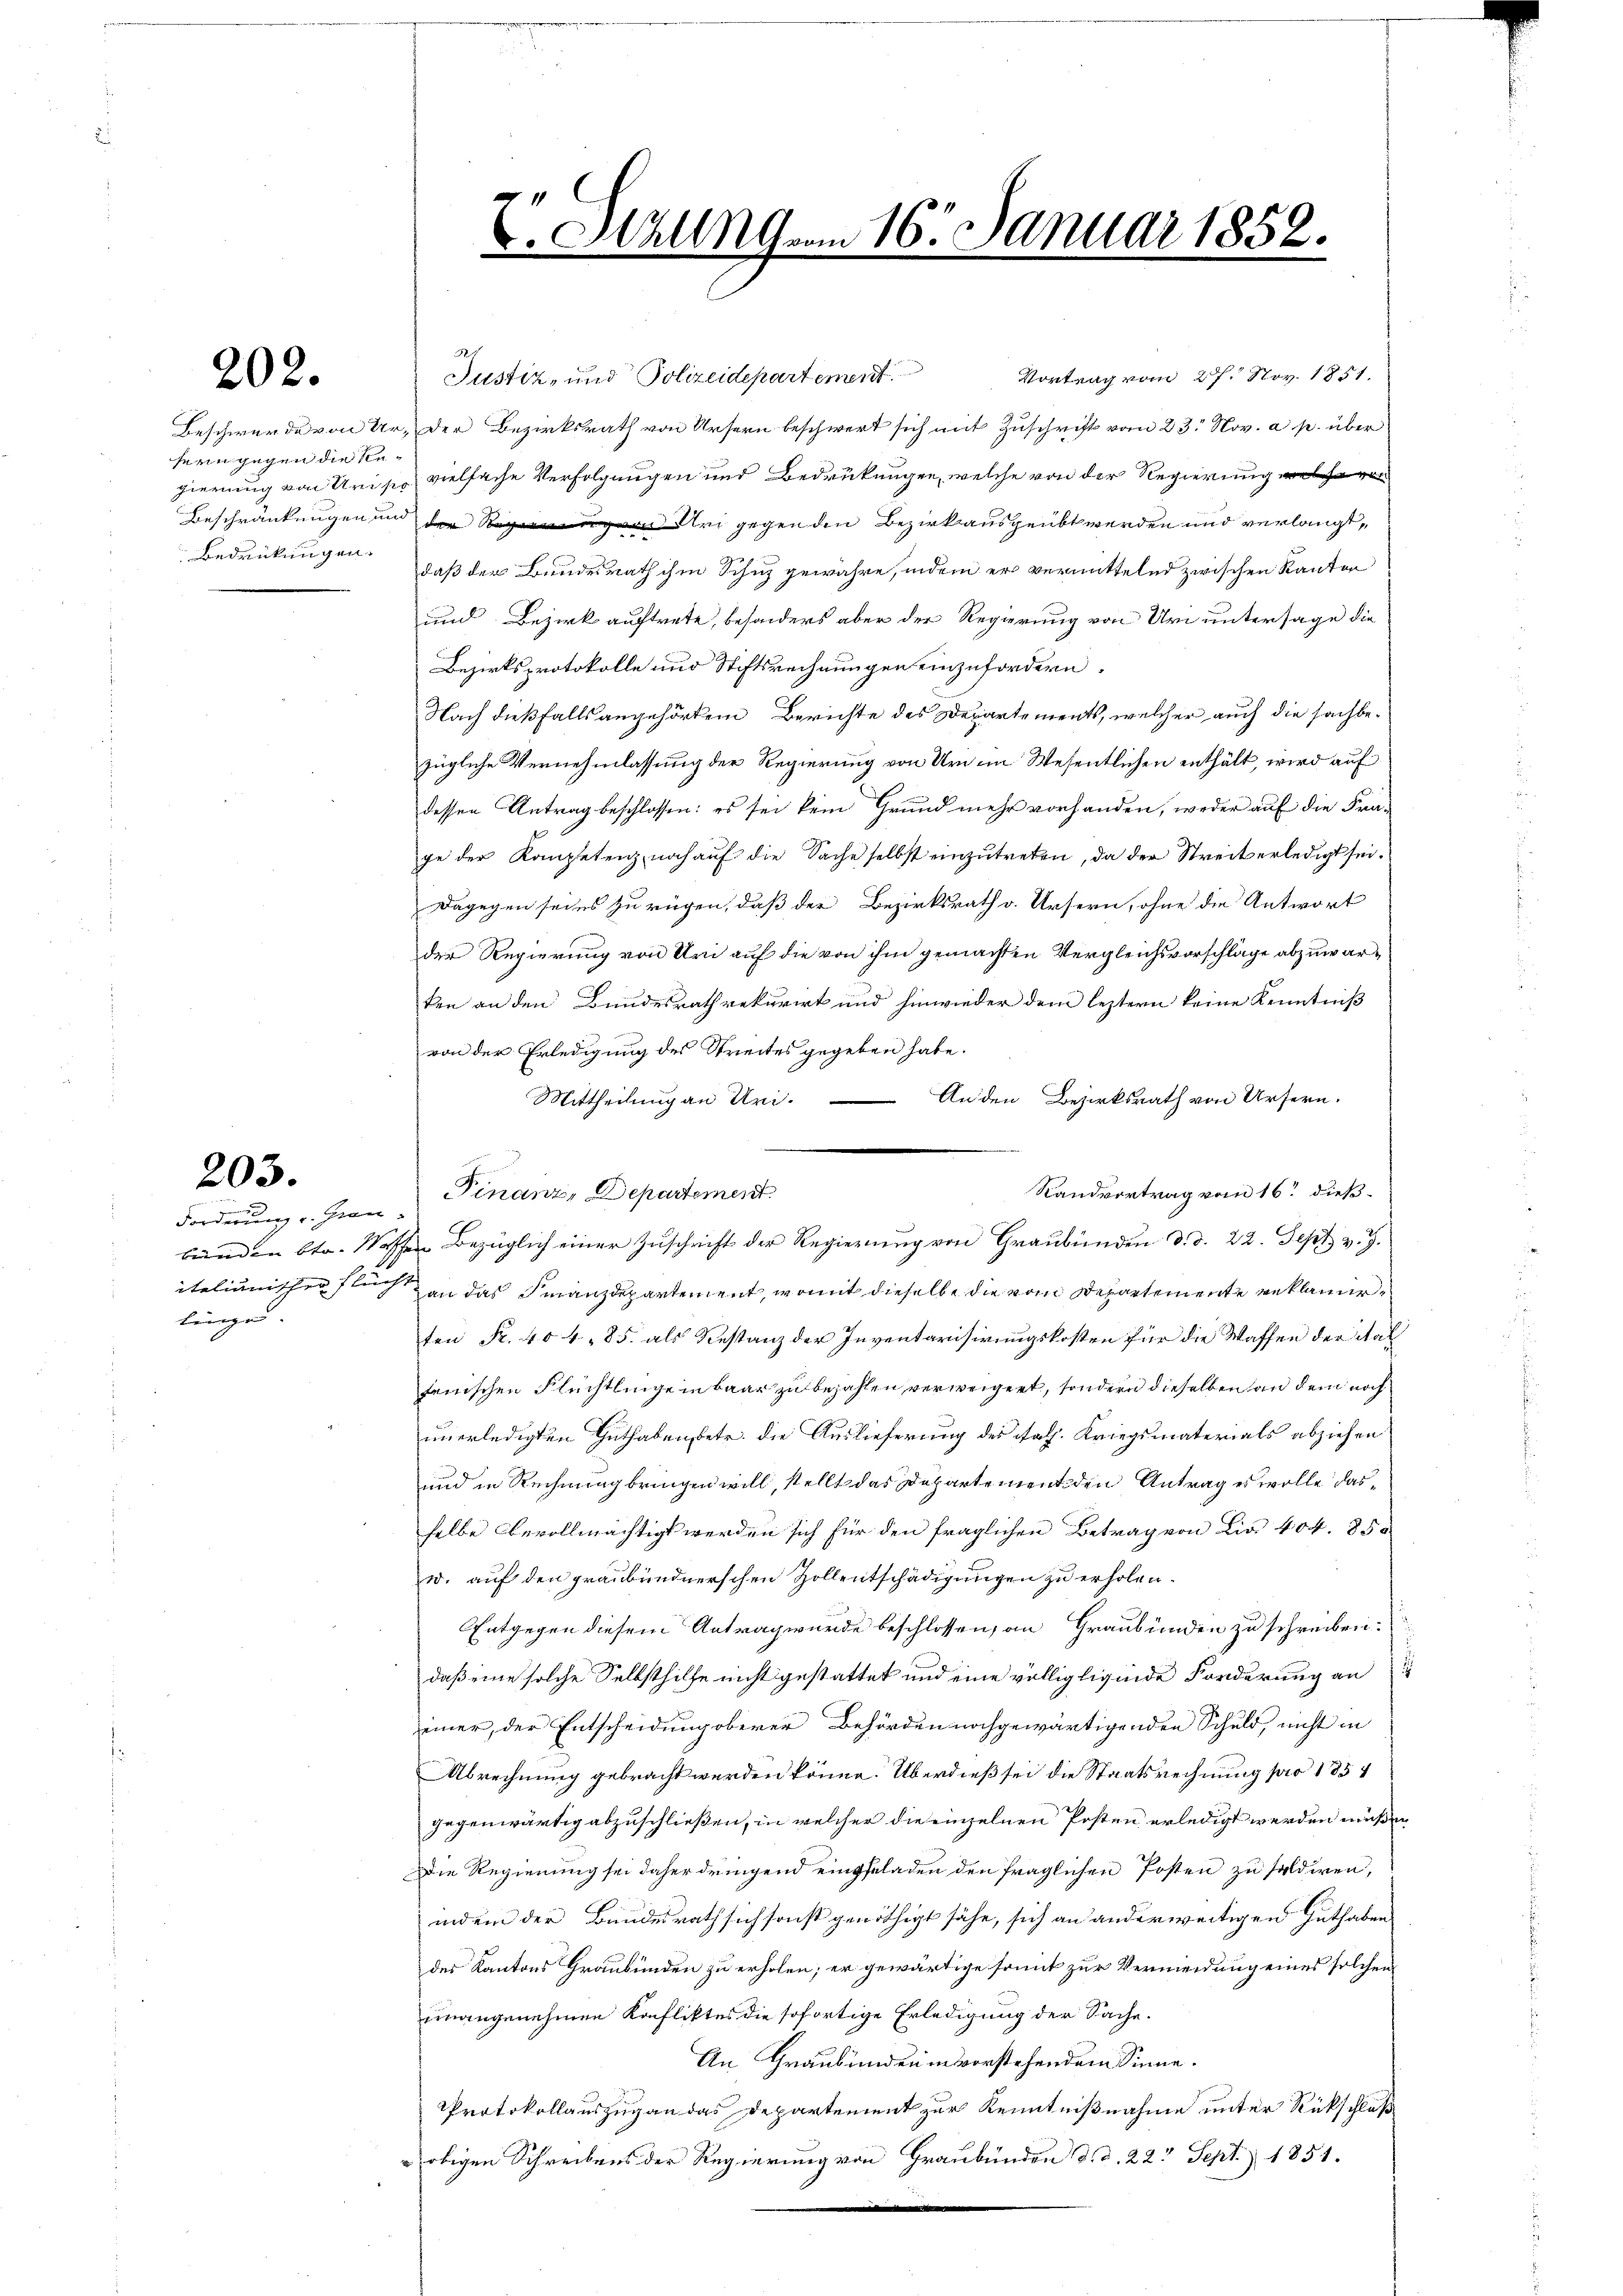
202.

hern gegen die Re¬
Bedenkungen.

203.

Forderung u. Graulinge

Vortrag vom 27. Nov. 1851.
Justiz- und Polizeidepartement
Beschwerde von Ur- der Bezirksrath von Ursern beschwert sich mit Zuschrift vom 23. Nov. a. p. über
gierung von Urise vielfache Verfolgungen und Bedrückungen, welche von der Regierung welcher
Beschränkungen und der Uri gegen den Bezirk ausgeübt werden und verlangt,
daß der Bundesrath ihm Schuz gewähre, indem er vermittelnd zwischen Kanton
und Bezirk auftrete, besonders aber der Regierung von Uri untersage die
Bezirksprotokolle und Stiftsrechnungen einzufordern.
Nach dießfalls angehörtem Berichte des Departements, welcher auch die sachbezügliche Vernehmlassung der Regierung von Uri im Wesentlichen enthält, wird auf
dessen Antrag beschlossen: es sei kein Grund mehr vorhanden, weder auf die Fra-
ge der Kompetenz, noch auf die Sache selbst einzutreten, da der Streit erledigt sei.
Dagegen sei es zu rügen, daß der Bezirksrath v. Ursern, ohne die Antwort
der Regierung von Uri auf die von ihm gemachten Vergleichsvorschläge abzuwarten an den Bundesrath rekurirt und hinwieder dem leztern keine Kenntniß
von der Erledigung des Streites gegeben habe.
Mittheilung an Uri. — Anden Bezirksrath von Ursern.
Randvortrag vom 16. dieß.
Finanz, Departement
iteliunischer stuch an das Finanzdepartement, womit dieselbe die vom Departemente reklamirten Fr. 404. 85. als Restanz der Inventarisirungskosten für die Waffen der Sal
fenischen Flüchtlingen baar zu bezahlen verweigert, sondern dieselben an dem noch
unerledigten Guthaben betr. die Auslieferung des Rath. Kriegsmaterials abziehen
und in Rechnung bringen will, stellt das Departement den Antrag es wolle dasselbe bevollmächtigt werden sich für den fraglichen Betrag von Lie 404. 850
w. auf den graubündnerschen Zollentschädigungen zu erholen.
Entgegen diesem Antrag wurde beschlossen, an Graubünden zu schreiben.
daß eine solche Selbsthilfe nicht gestattet und eine völligligende Forderung an
einer, der Entscheidung oberer Behörden nachgewärtigenden Schuld, nicht in
Abrechnung gebracht werden könne. Überdieß sei die Staatsrechnung pro 1854
gegenwärtig abzuschließen, in welcher die einzelnen Posten erledigt werden müßen
Die Regierung sei daher dringend eingeladen den fraglichen Posten zu saldiren,
indem der Bundesrath sich sonst genöthigt sähe, sich an anderweitigen Guthaben
des Kantons Graubünden zu erholen; er gewärtige somit zur Vermeidung eines solchen
unangenehmen Konfliktes die sofortige Erledigung der Sache.
An Graubünden in vorstehendem Sinne.
Protokollauszug an das Departement zur Kenntnißnahme unter Rückschloß
 obigen Schreibens der Regierung von Graubünden d. d. 22. Sept. 1851.
n

.

1
V. Hallng vom 16. Januar 1852.

bünden 6to. Wassen Bezüglich einer Zuschrift der Regierung von Graubünden d. d. 22. Sept v. J.